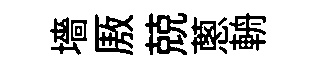
墻厫兢蔥輈